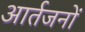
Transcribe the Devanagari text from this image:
आर्तजनों